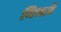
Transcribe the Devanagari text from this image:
निभाएँ